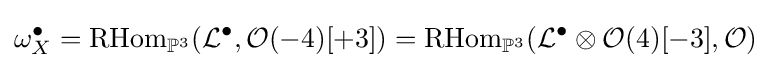
\omega _{X}^{\bullet }=\mathrm {RHom} _{\mathbb {P} ^{3}}({\mathcal {L}}^{\bullet },{\mathcal {O}}(-4)[+3])=\mathrm {RHom} _{\mathbb {P} ^{3}}({\mathcal {L}}^{\bullet }\otimes {\mathcal {O}}(4)[-3],{\mathcal {O}})